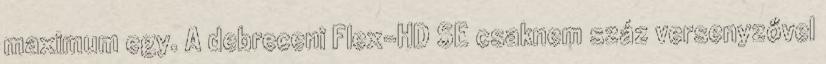
maximum egy. A debreceni Flex-HD SE csaknem száz versenyzővel